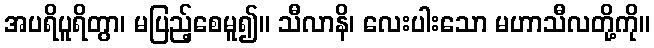
အပရိပူရိတွာ၊ မပြည့်စေမူ၍။ သီလာနိ၊ လေးပါးသော မဟာသီလတို့ကို။